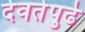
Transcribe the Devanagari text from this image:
देवतेपुढे